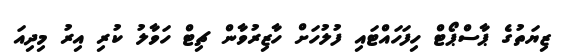
ޒިޔަތުގެ ޕާސްޕޯޓް ހިފަހައްޓައި ފުުލުހަށް ހާޒިރުވާން ޗިޓް ހަވާލު ކުރި އިރު މިދިއަ